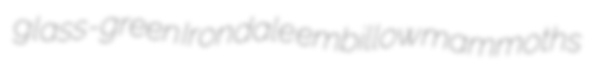
glass-green Irondale embillow mammoths